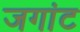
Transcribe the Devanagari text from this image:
जगांट